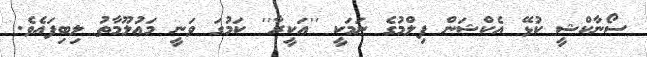
ސޯނާކްޝީ ކުޅޭ އެކްޝަން ފިލްމުގެ ނަމަކީ ''އަކީރާ'' ކަމުގަ ވަނީ މަޢުލޫމާތު ލިބިފައެވެ.